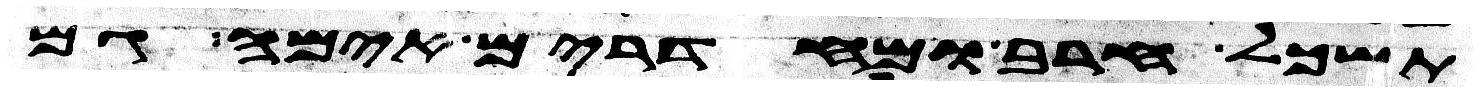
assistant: תשכל חרב ומחדרים אימה גם